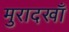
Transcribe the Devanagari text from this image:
मुरादखाँ